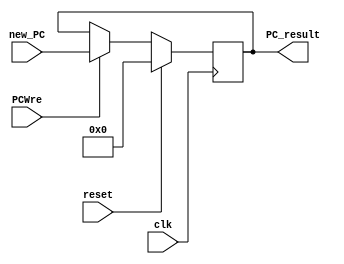
`timescale 1ns / 1ps
//////////////////////////////////////////////////////////////////////////////////
// Company: 
// Engineer: 
// 
// Design Name: 
// Module Name: PC
// Project Name: 
// Target Devices: 
// Tool Versions: 
// Description: 
// 
// Dependencies: 
// 
// Revision:
// Revision 0.01 - File Created
// Additional Comments:
// 
//////////////////////////////////////////////////////////////////////////////////


module PC(
    input clk,
    input reset,
    input [31:0] new_PC,
    input PCWre,
    output reg [31:0] PC_result
    );
    always @(posedge clk) begin
        if(reset) begin
         PC_result = 0;         
        end else if(PCWre) begin
            PC_result = new_PC;
        end else if(!PCWre) begin
            PC_result = PC_result;
         end
      end
   
endmodule